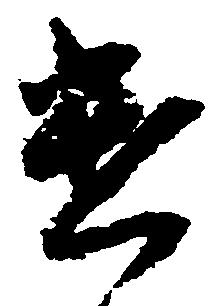
遣